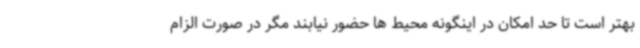
بهتر است تا حد امکان در اینگونه محیط ها حضور نیابند مگر در صورت الزام